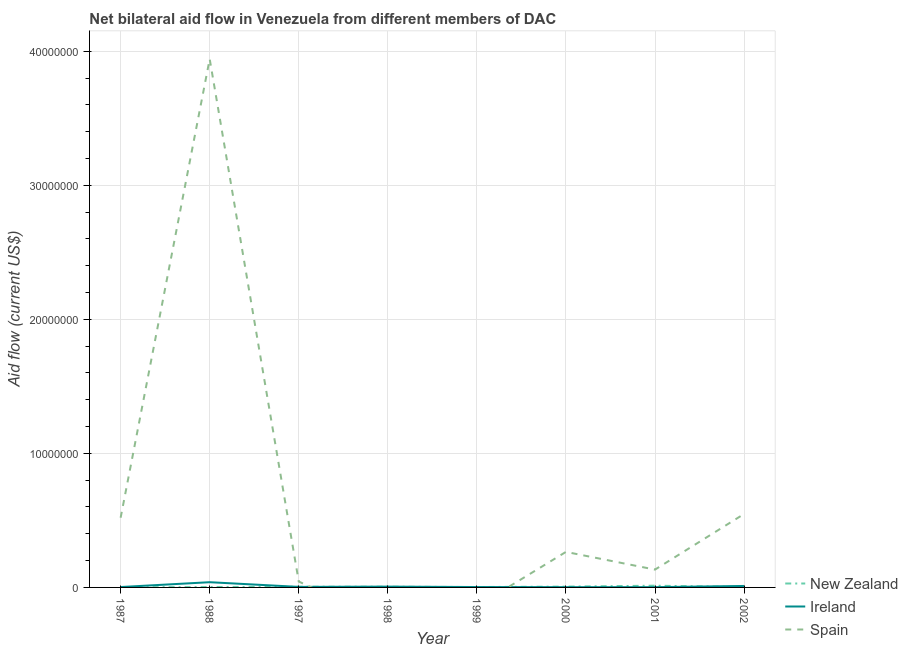
| Year | New Zealand | Ireland | Spain |
 | --- | --- | --- | --- |
 | 1987 | 1e+04 | 3e+04 | 5.2e+06 |
 | 1988 | 3e+04 | 3.9e+05 | 3.94e+07 |
 | 1997 | 5e+04 | 4e+04 | 4.4e+05 |
 | 1998 | 5e+04 | 6e+04 | -2.62e+06 |
 | 1999 | 3e+04 | 3e+04 | -1.41e+06 |
 | 2000 | 6e+04 | 2e+04 | 2.65e+06 |
 | 2001 | 1.3e+05 | 2e+04 | 1.33e+06 |
 | 2002 | 3e+04 | 1.1e+05 | 5.48e+06 |